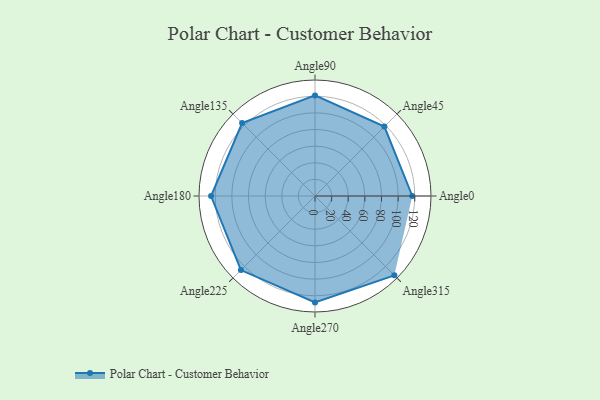
{"axis": {"x": "Angle", "y": "Radius"}, "legend": [""], "data": [{"x": "Angle0", "y": 117.0, "type": ""}, {"x": "Angle45", "y": 118.0, "type": ""}, {"x": "Angle90", "y": 121.0, "type": ""}, {"x": "Angle135", "y": 124.0, "type": ""}, {"x": "Angle180", "y": 125.0, "type": ""}, {"x": "Angle225", "y": 126.0, "type": ""}, {"x": "Angle270", "y": 128.0, "type": ""}, {"x": "Angle315", "y": 135.0, "type": ""}]}